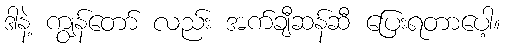
ဒါနဲ့ ကျွန်တော် လည်း အက်ချီဆန်ဆီ ပြေးရတာပေါ့။